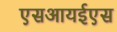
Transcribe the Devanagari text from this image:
एसआयईएस